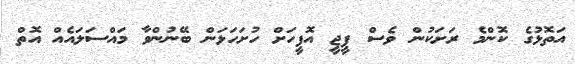
އަތޮޅުގެ ކޮންމެ ރަށަކުން ވެސް ޕީޖީ އޮފީހަށް ހުށަހަޅަން ބޭނުންވާ މައްސަލައެއް އޮތް